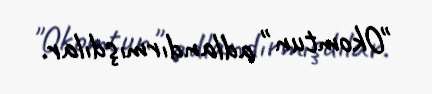
"Okomtun" adlandırmışdılar.